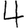
Digit: 4